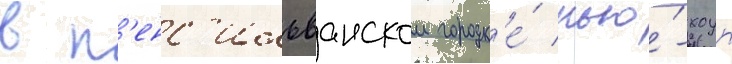
в п'енс'ильванском городк'е́ нью́-хоуп